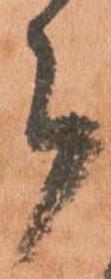
郎